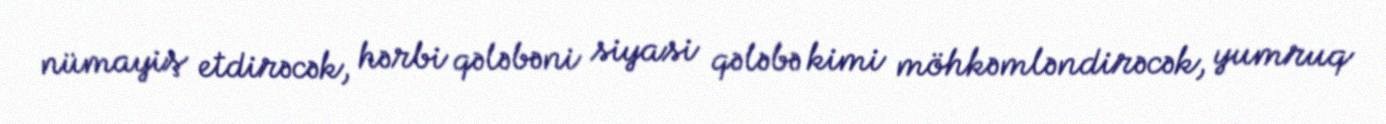
nümayiş etdirəcək, hərbi qələbəni siyasi qələbə kimi möhkəmləndirəcək, yumruq